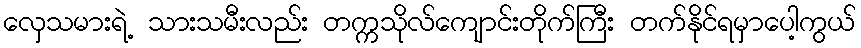
လှေသမားရဲ့ သားသမီးလည်း တက္ကသိုလ်ကျောင်းတိုက်ကြီး တက်နိုင်ရမှာပေါ့ကွယ်